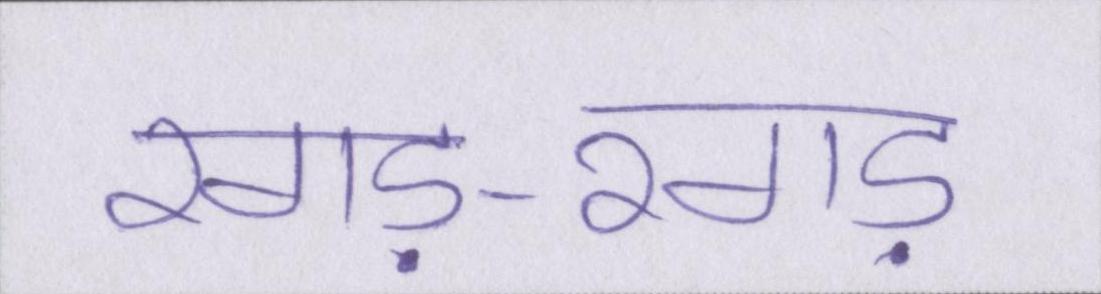
रगड़-रगड़